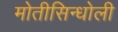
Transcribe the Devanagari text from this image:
मोतीसिन्धोली